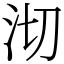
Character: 沏